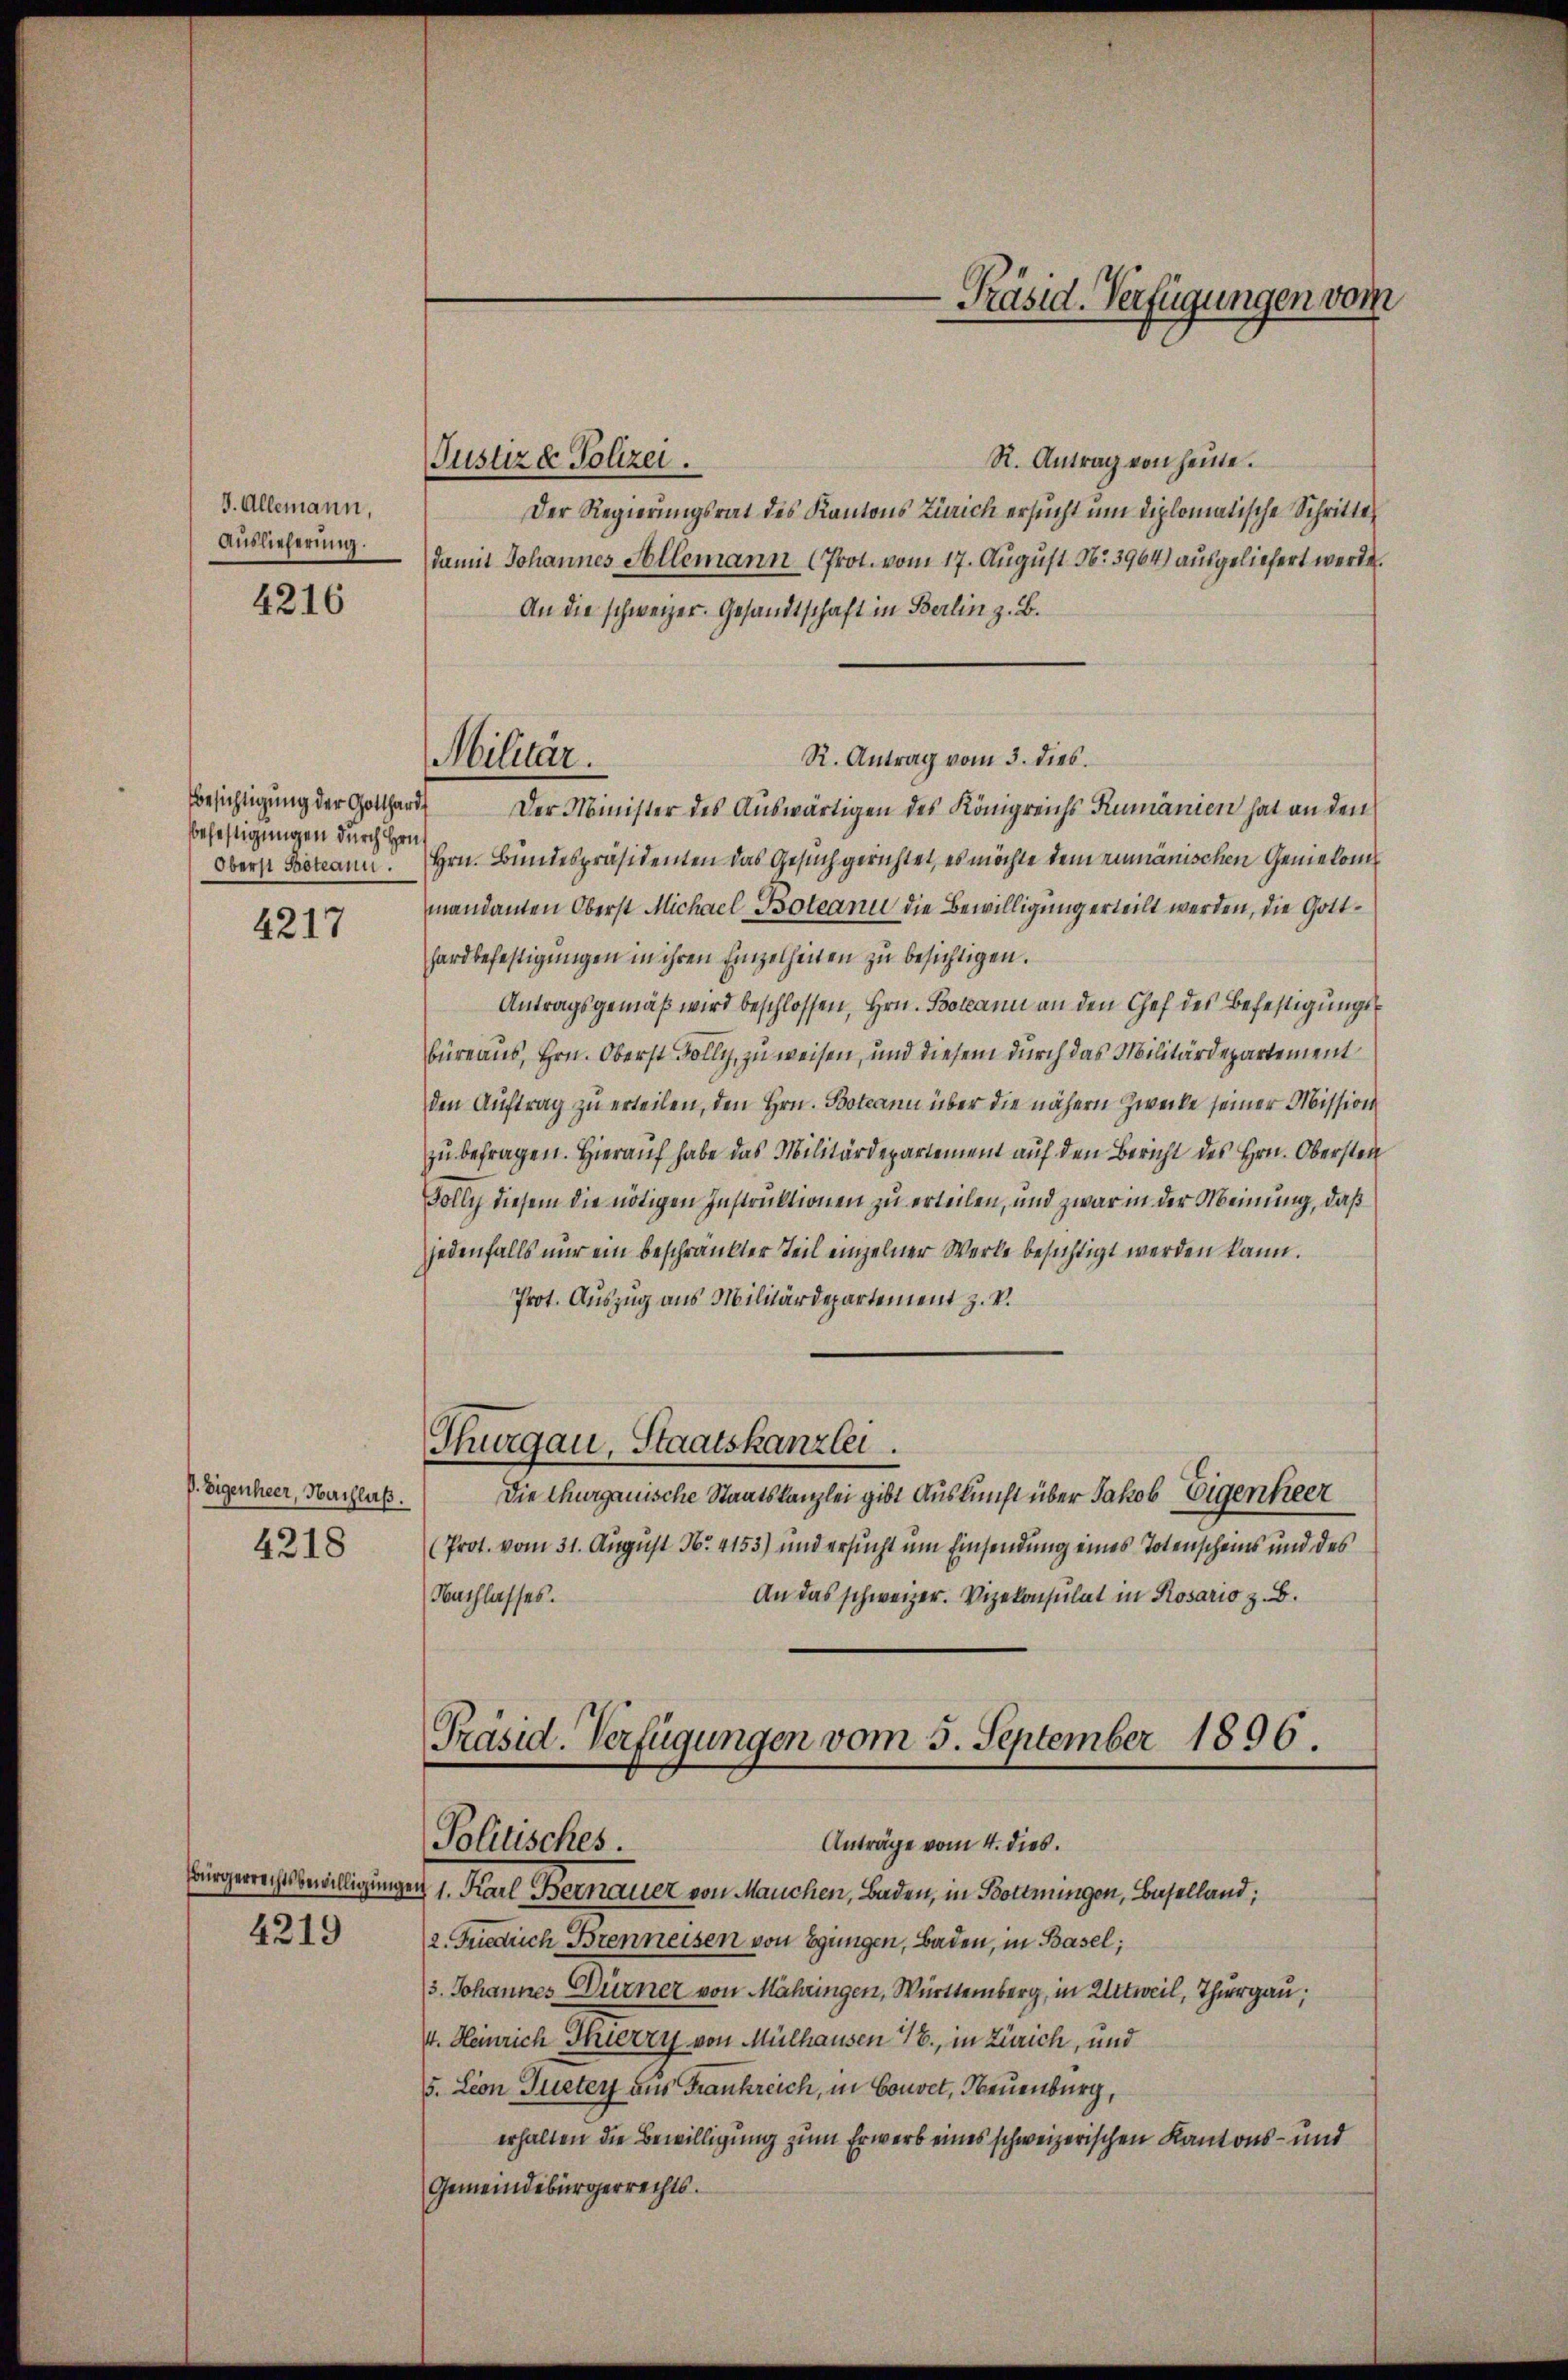
d. Allemann,
Auslieferung.

4216

Besichtigung der Gotthard
Befestigungen durch Hrn.
Oberst Boteann.

4217

. Eigenheer, Nachlaß.
4218

Bürgerrechtsbewilligunge
4219

Justiz & Polizei.
R. Antrag von heute.
Der Regierungsrat des Kantons Zürich ersucht um diplomatische Schritte
damit Johannes Allemann (Prot. vom 17. August No 3964) ausgeliefert werde.
An die schweizer. Gesandtschaft in Berlin z. B.
Der Minister des Auswärtigen des Königreichs Rumänien hat an den
Hrn. Bundespräsidenten das Gesuch gerichtet, es möchte dem rumänischen Geniekonis
mandanten Oberst Michael Boteann die Bewilligung erteilt werden, die Gotthardbefestigungen in ihren Einzelheiten zu besichtigen.
Antragsgemäß wird beschlossen, Hrn. Bokann an den Chef des Befestigungsbüreaus, Hrn. Oberst Folly, zu weisen, und diesem durch das Militärdepartement
den Auftrag zu erteilen, den Hrn. Botani über die nähern Zwecke seiner Mission
zu befragen. Hierauf habe das Militärdepartement auf den Bericht des Hrn. Obersten
Sölly diesem die nötigen Instruktionen zu erteilen, und zwar in der Meinung, daß
jedenfalls nur ein beschränkter Teil einzelner Werke besichtigt werden kann.
Prot. Auszug aus Militärdepartement z. V.
Thurgau, Staatskanzlei.
Die Thurgauische Staatskanzlei gibt Auskunft über Jakob Eigenheer
(Prot. vom 31. August Nr. 4153) und ersucht um Einsendung eines Totenscheins und des
Nachlasses.
An das schweizer. Vizekonsulat in Rosario z. B.
Präsid. Verfügungen vom 5. September 1896.

Militär.

-Präsid. Verfügungen vom

R. Antrag vom 3. dies

Politisches.
Anträge vom 4. dies

u 1. Karl Bernauer von Manchen, Baden, in Bottnungen, Baselland;
2. Friedrich Brenneisen von Egingen, Baden, in Basel;
3. Johannes Dürner von Mähringen, Württemberg, in Witweil, Thurgau,
4. Heinrich Thierry von Mülhausen 1., in Zürich, und
5. Leon Queter aus Frankreich, in Couvet, Neuenburg,
erhalten die Bewilligung zum Erwerb eines schweizerischen Kantons- und
Gemeindebürgerrechts.